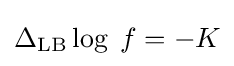
\Delta _{\mathrm {LB} }\log \;f=-K